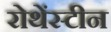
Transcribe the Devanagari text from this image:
रोथेंस्टीन